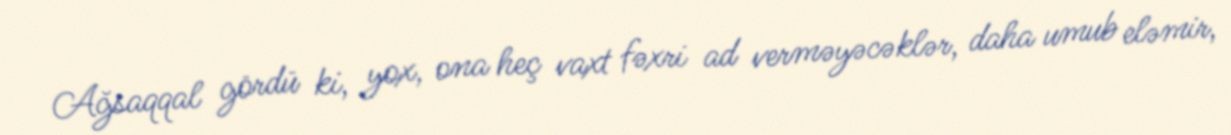
Ağsaqqal gördü ki, yox, ona heç vaxt fəxri ad verməyəcəklər, daha umub eləmir,